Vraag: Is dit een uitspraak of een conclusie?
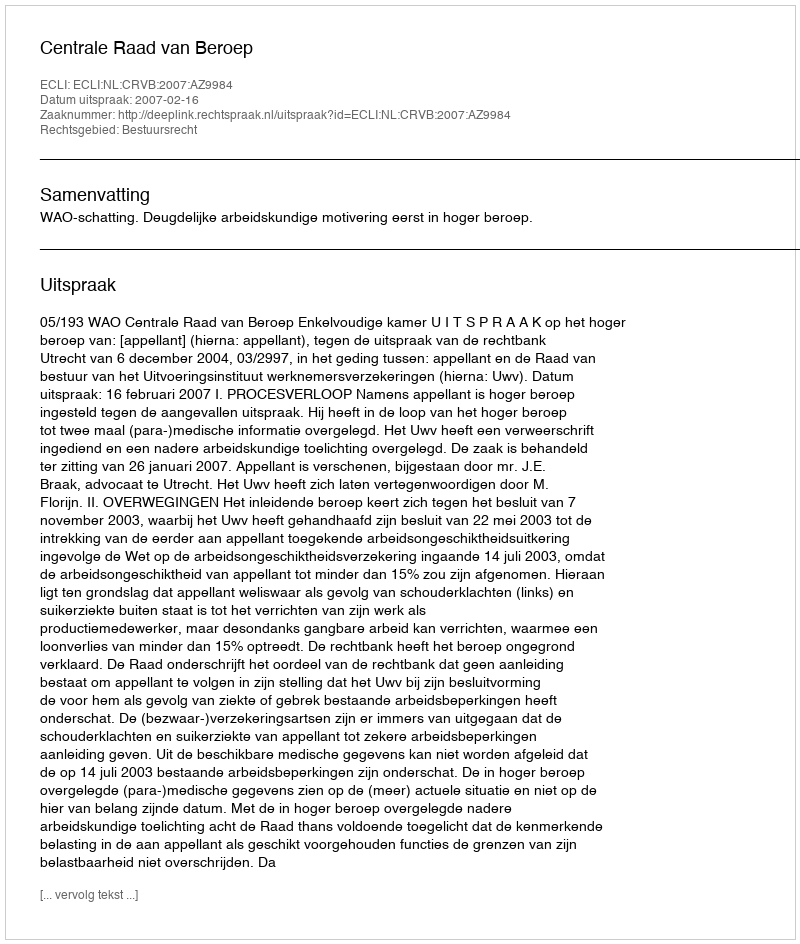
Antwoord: Uitspraak